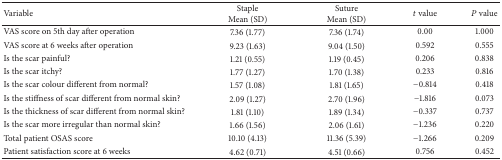
<table><thead><tr><td><b>Variable</b></td><td><b>StapleMean (SD)</b></td><td><b>SutureMean (SD)</b></td><td><b><i>t</i> value</b></td><td><b><i>P</i> value</b></td></tr></thead><tbody><tr><td>VAS score on 5th day after operation</td><td>7.36 (1.77)</td><td>7.36 (1.74)</td><td>0.00</td><td>1.000</td></tr><tr><td>VAS score at 6 weeks after operation</td><td>9.23 (1.63)</td><td>9.04 (1.50)</td><td>0.592</td><td>0.555</td></tr><tr><td>Is the scar painful?</td><td>1.21 (0.55)</td><td>1.19 (0.45)</td><td>0.206</td><td>0.838</td></tr><tr><td>Is the scar itchy?</td><td>1.77 (1.27)</td><td>1.70 (1.38)</td><td>0.233</td><td>0.816</td></tr><tr><td>Is the scar colour different from normal?</td><td>1.57 (1.08)</td><td>1.81 (1.65)</td><td>−0.814</td><td>0.418</td></tr><tr><td>Is the stiffness of scar different from normal skin?</td><td>2.09 (1.27)</td><td>2.70 (1.96)</td><td>−1.816</td><td>0.073</td></tr><tr><td>Is the thickness of scar different from normal skin?</td><td>1.81 (1.10)</td><td>1.89 (1.34)</td><td>−0.337</td><td>0.737</td></tr><tr><td>Is the scar more irregular than normal skin?</td><td>1.66 (1.56)</td><td>2.06 (1.61)</td><td>−1.236</td><td>0.220</td></tr><tr><td>Total patient OSAS score</td><td>10.10 (4.13)</td><td>11.36 (5.39)</td><td>−1.266</td><td>0.209</td></tr><tr><td>Patient satisfaction score at 6 weeks</td><td>4.62 (0.71)</td><td>4.51 (0.66)</td><td>0.756</td><td>0.452</td></tr></tbody></table>